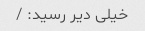
خیلی دیر رسید: /